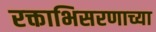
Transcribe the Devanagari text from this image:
रक्ताभिसरणाच्या